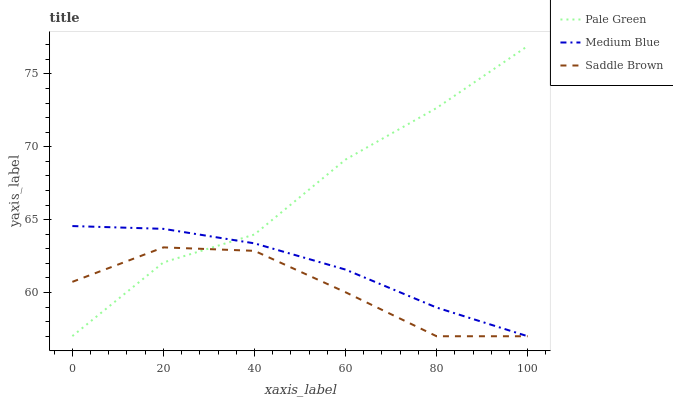
| xaxis_label | Pale Green | Medium Blue | Saddle Brown |
 | --- | --- | --- | --- |
 | 0 | 57 | 64.6 | 60.7 |
 | 20 | 62.1 | 64.4 | 63.1 |
 | 40 | 64 | 63.4 | 62.9 |
 | 60 | 69.1 | 61.6 | 60 |
 | 80 | 72.7 | 59 | 57 |
 | 100 | 76.9 | 57 | 57 |